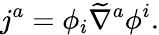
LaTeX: j^{a}=\phi_{i}\widetilde{\nabla}^{a}\phi^{i}.